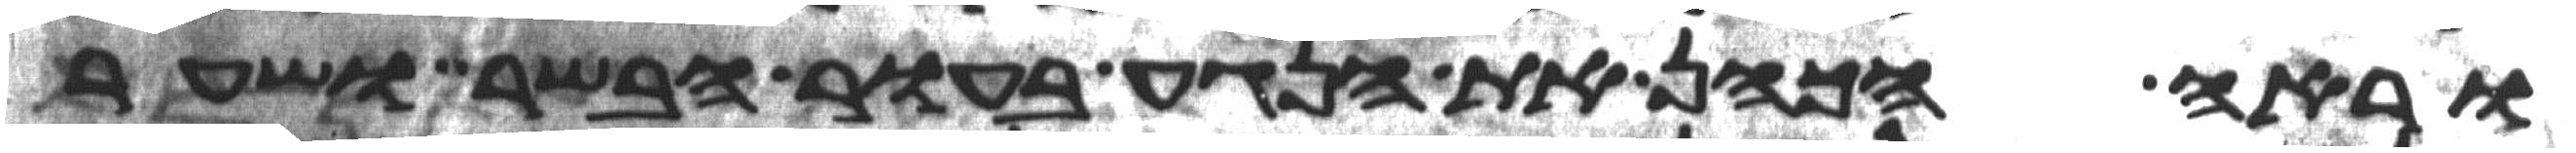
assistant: וראה הכהן את הנגע בעור הבשר ושער